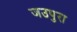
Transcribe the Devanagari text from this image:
जउपुरा